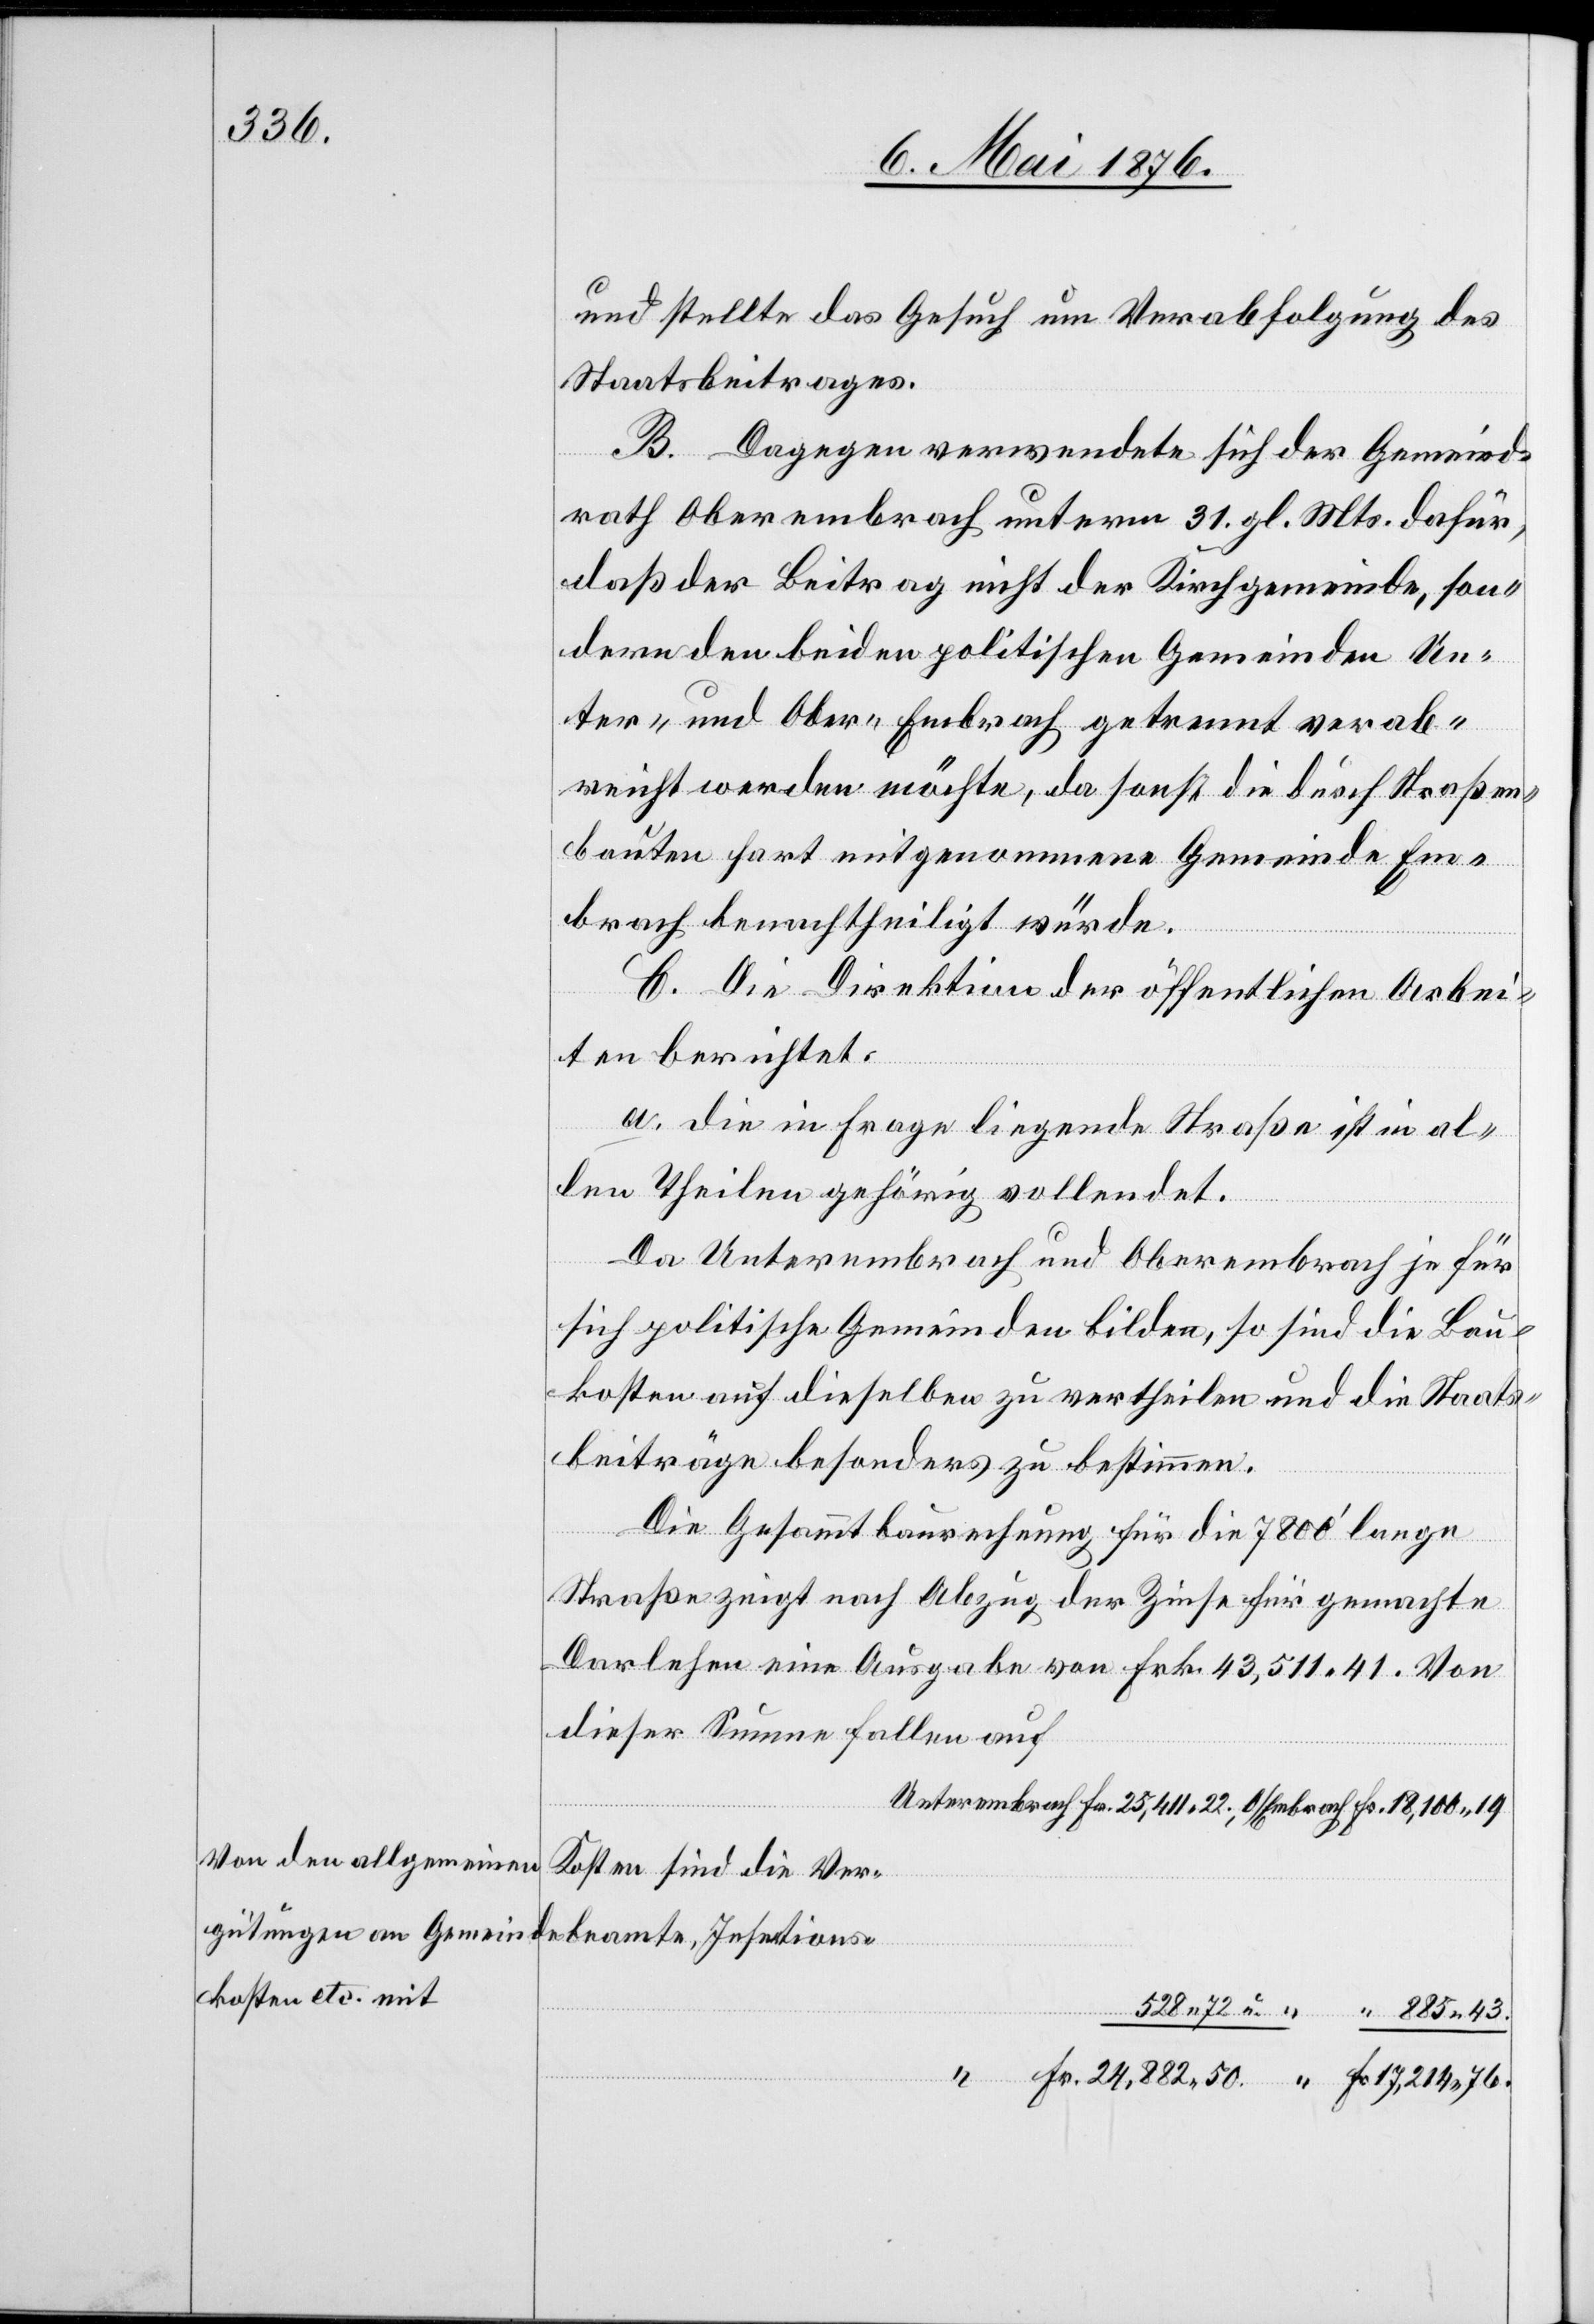
und stellte das Gesuch um Verabfolgung des
Staatsbeitrages.
B. Dagegen verwendete sich der Gemeind¬
rath Oberembrach unterm 31. gl. Mts. dafür,
daß der Beitrag nicht der Kirchgemeinde, son¬
dern den beiden politischen Gemeinden Un¬
ter- und Ober-Embrach getrennt verab¬
reicht werden möchte, da sonst die durch Straßen¬
bauten hart mitgenommene Gemeinde Em¬
brach benachtheiligt würde.
C. Die Direktion der öffentlichen Arbei¬
ten berichtet:
Fr.
Fr.
a. die in Frage liegende Straße ist in al¬
len Theilen gehörig vollendet.
“
Da Unterembrach und Oberembrach je für
sich politische Gemeinden bilden, so sind die Bau¬
kosten auf dieselben zu vertheilen und die Staats¬
beiträge besonders zu bestimmen.
Die Gesamtbaurechnung für die 7800’ lange
Straße zeigt nach Abzug der Zinse für gemachte
Darlehen eine Ausgabe von Frk. 43,511 41. Von
dieser Summe fallen auf
43.
Von den allgemeinen
Kosten sind die Ver¬
gütungen an Gemeindebeamte, Insertions¬
kosten etc. mit